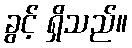
ခွင့် ရှိသည်။